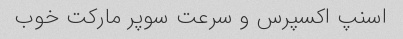
اسنپ اکسپرس و سرعت سوپر مارکت خوب